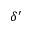
\delta ^ { \prime }